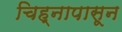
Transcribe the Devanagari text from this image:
चिह्नापासून